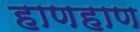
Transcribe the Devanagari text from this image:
हाणहाण